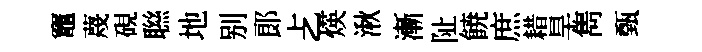
竈蔑硯聮地别郞𠧒煐湫漸阯𩜙庶耤旱雋甄